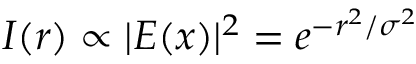
I ( r ) \propto | E ( x ) | ^ { 2 } = e ^ { - r ^ { 2 } / \sigma ^ { 2 } }